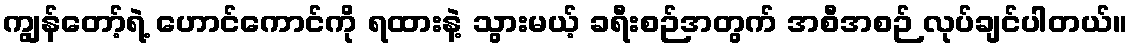
ကျွန်တော့်ရဲ့ ဟောင်ကောင်ကို ရထားနဲ့ သွားမယ့် ခရီးစဉ်အတွက် အစီအစဉ် လုပ်ချင်ပါတယ်။